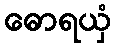
ဓောရယှံ